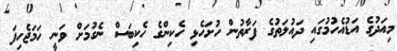
މިއަދުގެ އަޑުއެހުމުގައި ދައުލަތުގެ ފަރާތުން ހުށަހެޅި ހެކިންގެ ހެކިބަސް ނެގުމަށް ވަނީ ހަމަޖެހިފަ